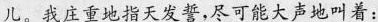
儿。我庄重地指天发誓,尽可能大声地叫着：